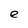
Character: e